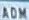
ADM